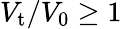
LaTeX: V_{\mathrm{t}}/V_{\mathrm{0}}\geq 1